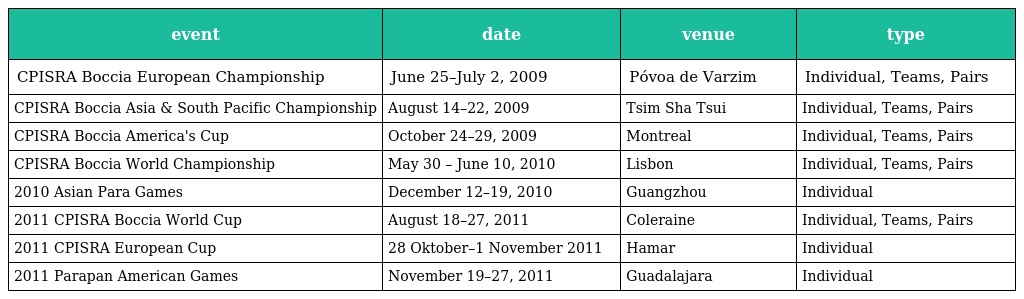
| event | date | venue | type |
 | --- | --- | --- | --- |
 | CPISRA Boccia European Championship | June 25–July 2, 2009 | Póvoa de Varzim | Individual, Teams, Pairs |
 | CPISRA Boccia Asia & South Pacific Championship | August 14–22, 2009 | Tsim Sha Tsui | Individual, Teams, Pairs |
 | CPISRA Boccia America's Cup | October 24–29, 2009 | Montreal | Individual, Teams, Pairs |
 | CPISRA Boccia World Championship | May 30 – June 10, 2010 | Lisbon | Individual, Teams, Pairs |
 | 2010 Asian Para Games | December 12–19, 2010 | Guangzhou | Individual |
 | 2011 CPISRA Boccia World Cup | August 18–27, 2011 | Coleraine | Individual, Teams, Pairs |
 | 2011 CPISRA European Cup | 28 Oktober–1 November 2011 | Hamar | Individual |
 | 2011 Parapan American Games | November 19–27, 2011 | Guadalajara | Individual |